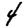
Digit: 4